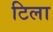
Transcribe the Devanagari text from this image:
टिला